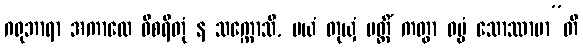
ဂရုဘာရာ အကာလေ ဝိစရိတုံ န သက္ကောသိ, မယံ တုယှံ ပတ္တိံ ကတွာ ဓမ္မံ သောဿာမာ”တိ